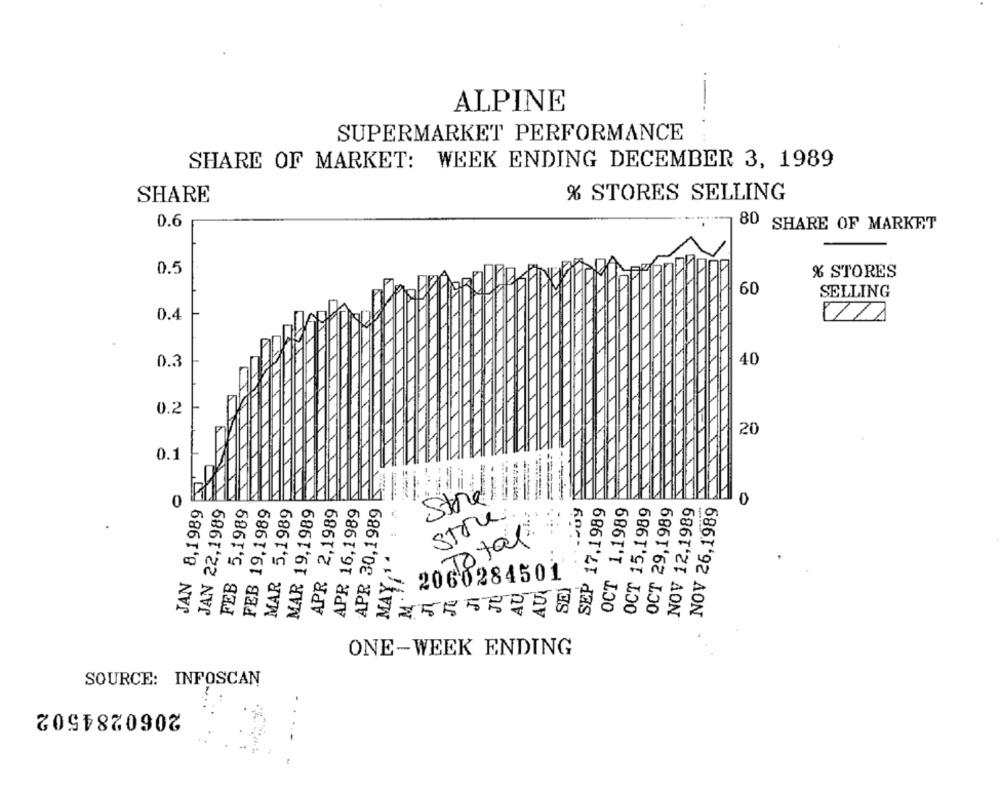
ALPINE
SUPERMARKET PERFORMANCE
SHARE OF MARKET: WEEK ENDING DECEMBER 3, 1989
SHARE
% STORES SELLING
0.6
80 SHARE OF MARKET
0.5
% STORES
60
SELLING
0.4
5
0.3
0.2
20
=== =
0.1
0
Store
JAN 8,1989
JAN 22,1989
FEB 5,1989
FEB 19,1989
MAR 5,1989
MAR 19,1989
APR 2,1989
APR 16,1989
APR 30,1989
MAY ,14 : 4
SEP 17,1989
OCT 1,1989
OCT 15,1989
OCT 29,1989
NOV 12,1989
NOV 26,1989
0
Store.
To tal
SEI
~ 2060284501
AU
AU
M
ONE-WEEK ENDING
SOURCE: INFOSCAN
2060284502